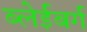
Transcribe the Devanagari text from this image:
ब्लेईबर्ग